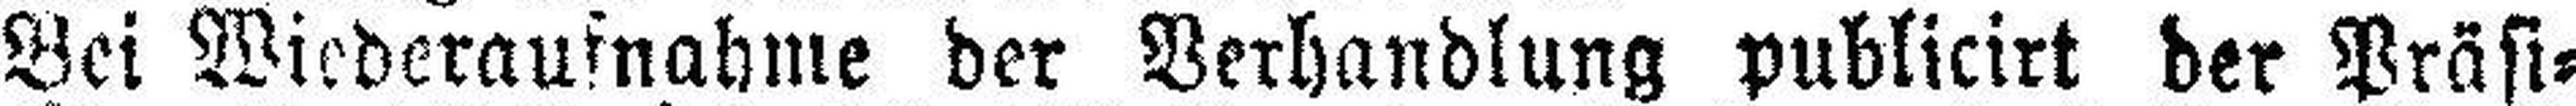
Bei Wiederaufnahme der Verhandlung publicirt der Präsi¬